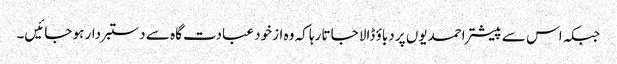
جبکہ اس سے پیشتر احمدیوں پر دباؤ ڈالا جاتا رہا کہ وہ ازخود عبادت گاہ سے دستبردار ہو جائیں۔